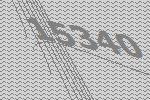
15340